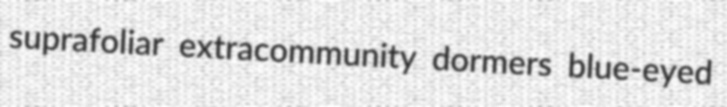
suprafoliar extracommunity dormers blue-eyed